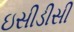
ઇસીડીસી